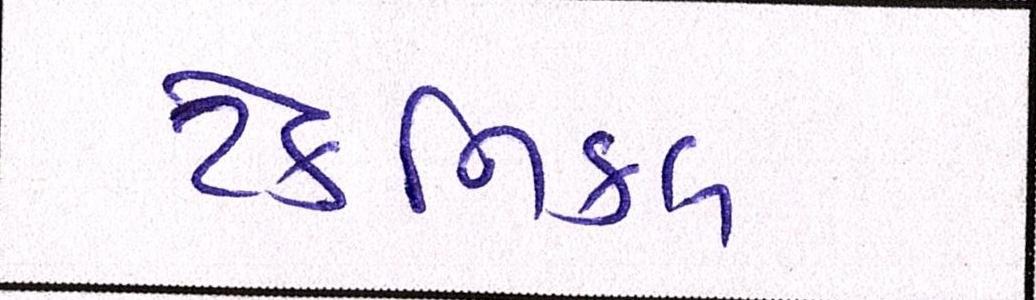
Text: ટેકનિકલ